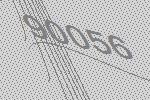
90056